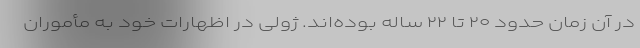
در آن زمان حدود ۲۰ تا ۲۲ ساله بوده‌اند. ژولی در اظهارات خود به مأموران